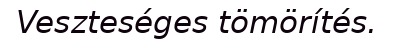
Veszteséges tömörítés.